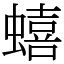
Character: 蟢